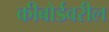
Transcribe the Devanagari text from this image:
कीबोर्डवरील